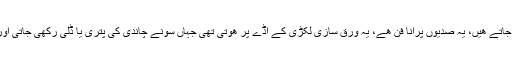
صلاح الدین اپنی دکان میں چاندی اور سونے کے ورق بناتے تھے جو ادویات اور مٹھائیوں پر لگاۓ جاتے ھیں، یہ صدیوں پرانا فن ھے، یہ ورق سازی لکڑی کے اڈے پر ھوتی تھی جہاں سونے چاندی کی پتری یا ڈلی رکھی جاتی اور لکڑی کے ہتھوڑے سے اسے کوٹا جاتا اور وہ پستے پستے اوراق کی شکل اختیار کرتی جاتی تھی۔